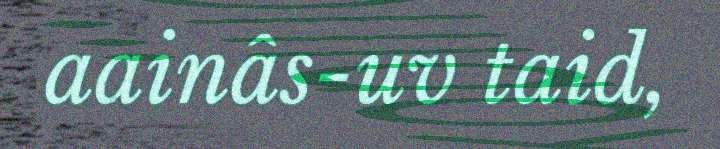
aainâs-uv taid,